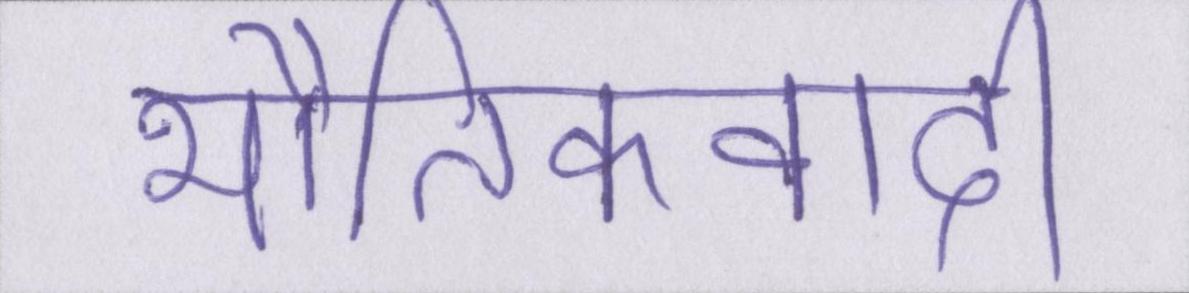
भौतिकवादी